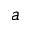
a